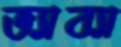
ভ্যাব্যা